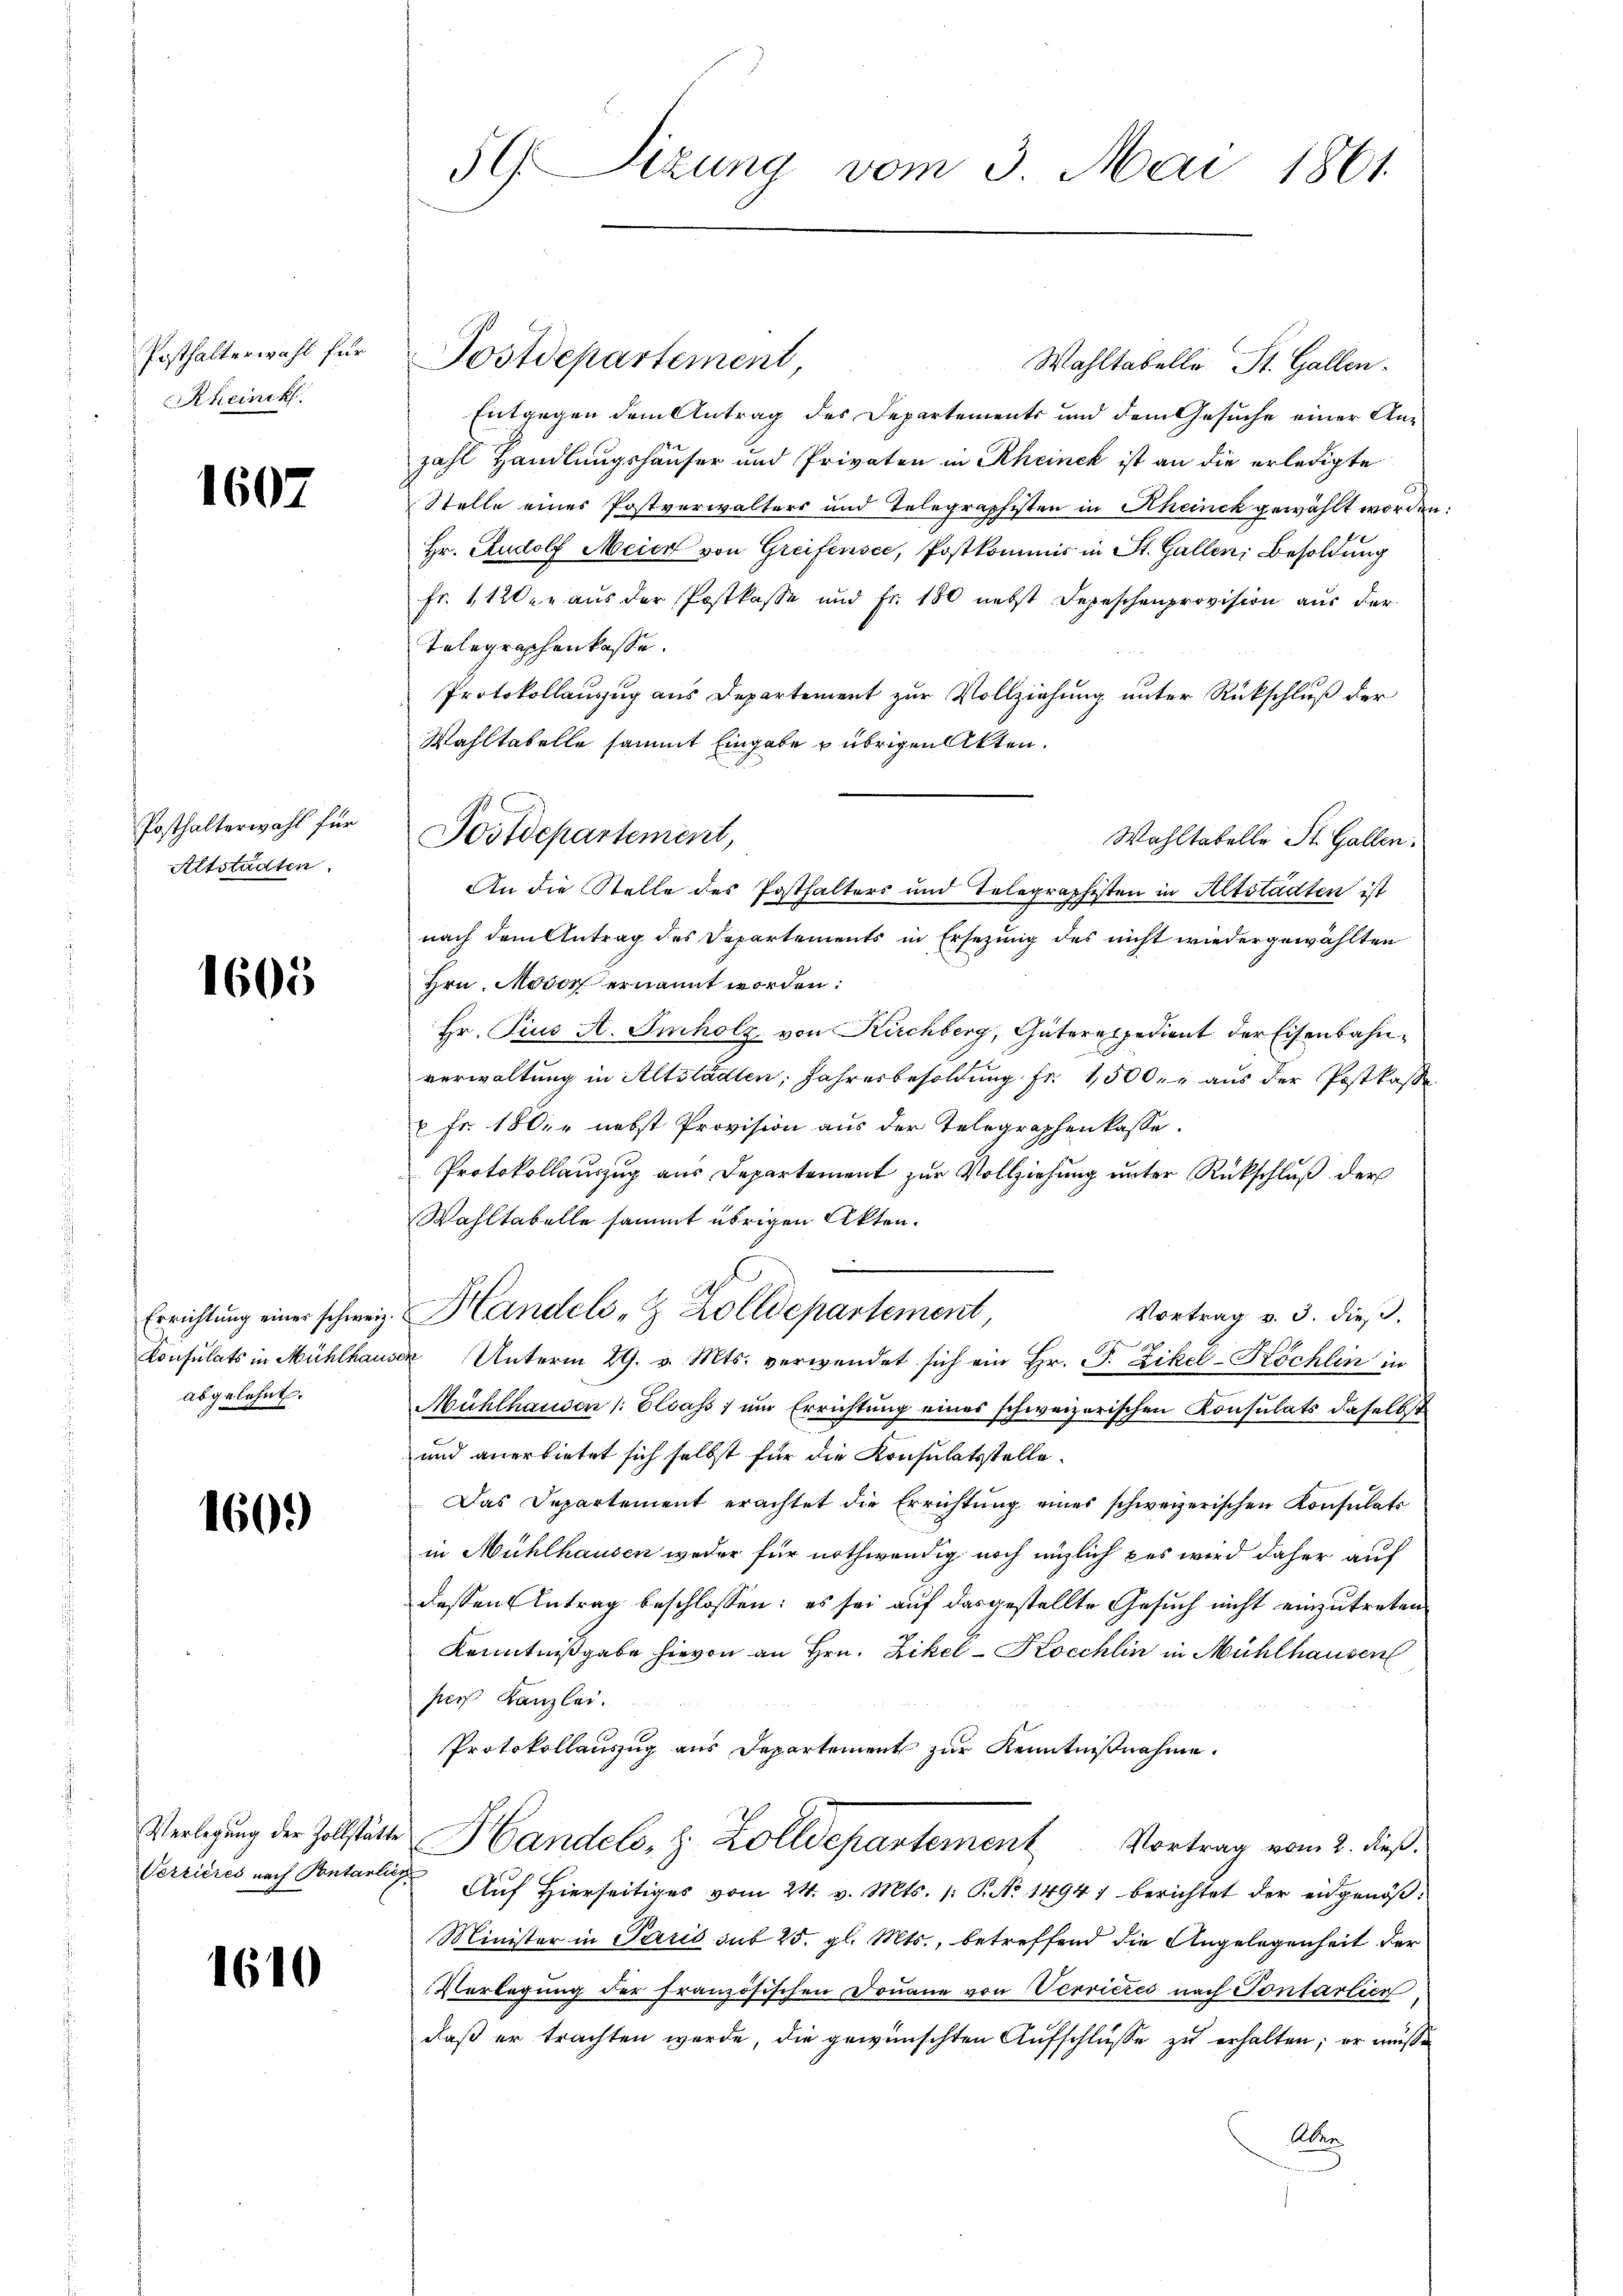
Posthalterwahl für
Rheinik.

1607

Posthalterwahl für
Altstädten.

1605

abgelehnt.

1609

Verrieres nach Pontanlieg

1610

59. Sizung vom 3. Mai 1861

Postdepartement
Wahltabelle St. Gallen.
Entgegen dem Antrag des Departements und dem Gesuche einer Anzahl Handlungshäuser und Privaten in Rheinek ist an die erledigte
Stelle eines Postverwalters und Telegraphisten in Rheinck gewählt worden.
Hr. Rudolf Meier von Greifensee, Postkommis in St. Gallen Besoldung
Fr. 1120 r aus der Postkasse und Fr. 180 nebst Depeschenprovision aus der
Telegraphenkasse.
Protokollauszug aus Departement zur Vollziehung unter Rückschluß der
Wahltabelle sammt Eingabe & übrigen Akten.
nach dem Antrag des Departements in Ersezung des nicht wiedergewählten
Hrn. Moder ernannt worden:
Hr. Pius A. Imholz von Kirchberg, Güterespedient der Eisenbahnverwaltung in Altstädten, Jahresbesoldung Fr. 1500. aus der Postkasse
 Fr. 180, nebst Provision aus der Telegraphenkasse.
Protokollauszug aus Departement zur Vollziehung unter Rückschluß der
Wahltabelle sammt übrigen Akten.
.
Errichtung einer schweiz. Handels-Z Zolldepartement,
Vortrag v. 3. dieß.
d
Konsulats in Mühlhauser Unterm 29. v. Mts. verwendet sich ein Hr. P. Zikel-Köchlin in
Mühlhausen /: Elsass, um Errichtung eines schweizerischen Konsulats daselbst
und anerbietet sich selbst für die Konsulatsstelle.
Das Departement erachtet die Errichtŭng eines schweizerischen Konsulats
in Mühlhausen weder für nothwendig noch miglich pes wird daher auf
dessen Antrag beschlossen: es sei auf das gestellte Gesuch nicht einzutreten
Kenntnißgabe hievon an Hrn. Zikel-Kocchlin in Mühlhausen
sors Kanzlei.
Protokollauszug aus Departement zur Kenntnißnahme.
Verlegung der Zollstätte Handels, z. Zolldepartement Vortrag vom 2. dieß.
Auf Hierseitiges vom 24. v. Mts. (: P. No 1494) berichtet der eidgenöß¬
Minister in Paris sub 25. gl. Mts., betreffend die Angelegenheit der
Verlegŭng der französischen Doṅane von Verrieres nach Sontalien
daß er trachten werde, die gewünschten Aufschlüsse zu erhalten; er müsse
Aber

Postdepartement,
An die Stelle des Posthalters und Telegraphisten in Altstädten ist

Wohltatelle St. Gallen.